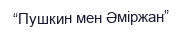
“Пушкин мен Әміржан”